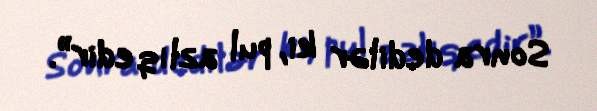
Sonra dedilər ki, pul azlıq edir”.